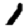
Digit: 1